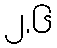
၂.၆